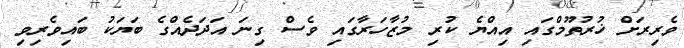
ވެރިރަށް ޚުރުތޫމްގައި އިއްޔެ ކުރި މުޒާހަރާގައި ވެސް ގިނަ އަދަދެއްގެ ބަޔަކު ބައިވެރިވި